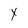
Character: x